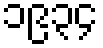
၁၉၃၄